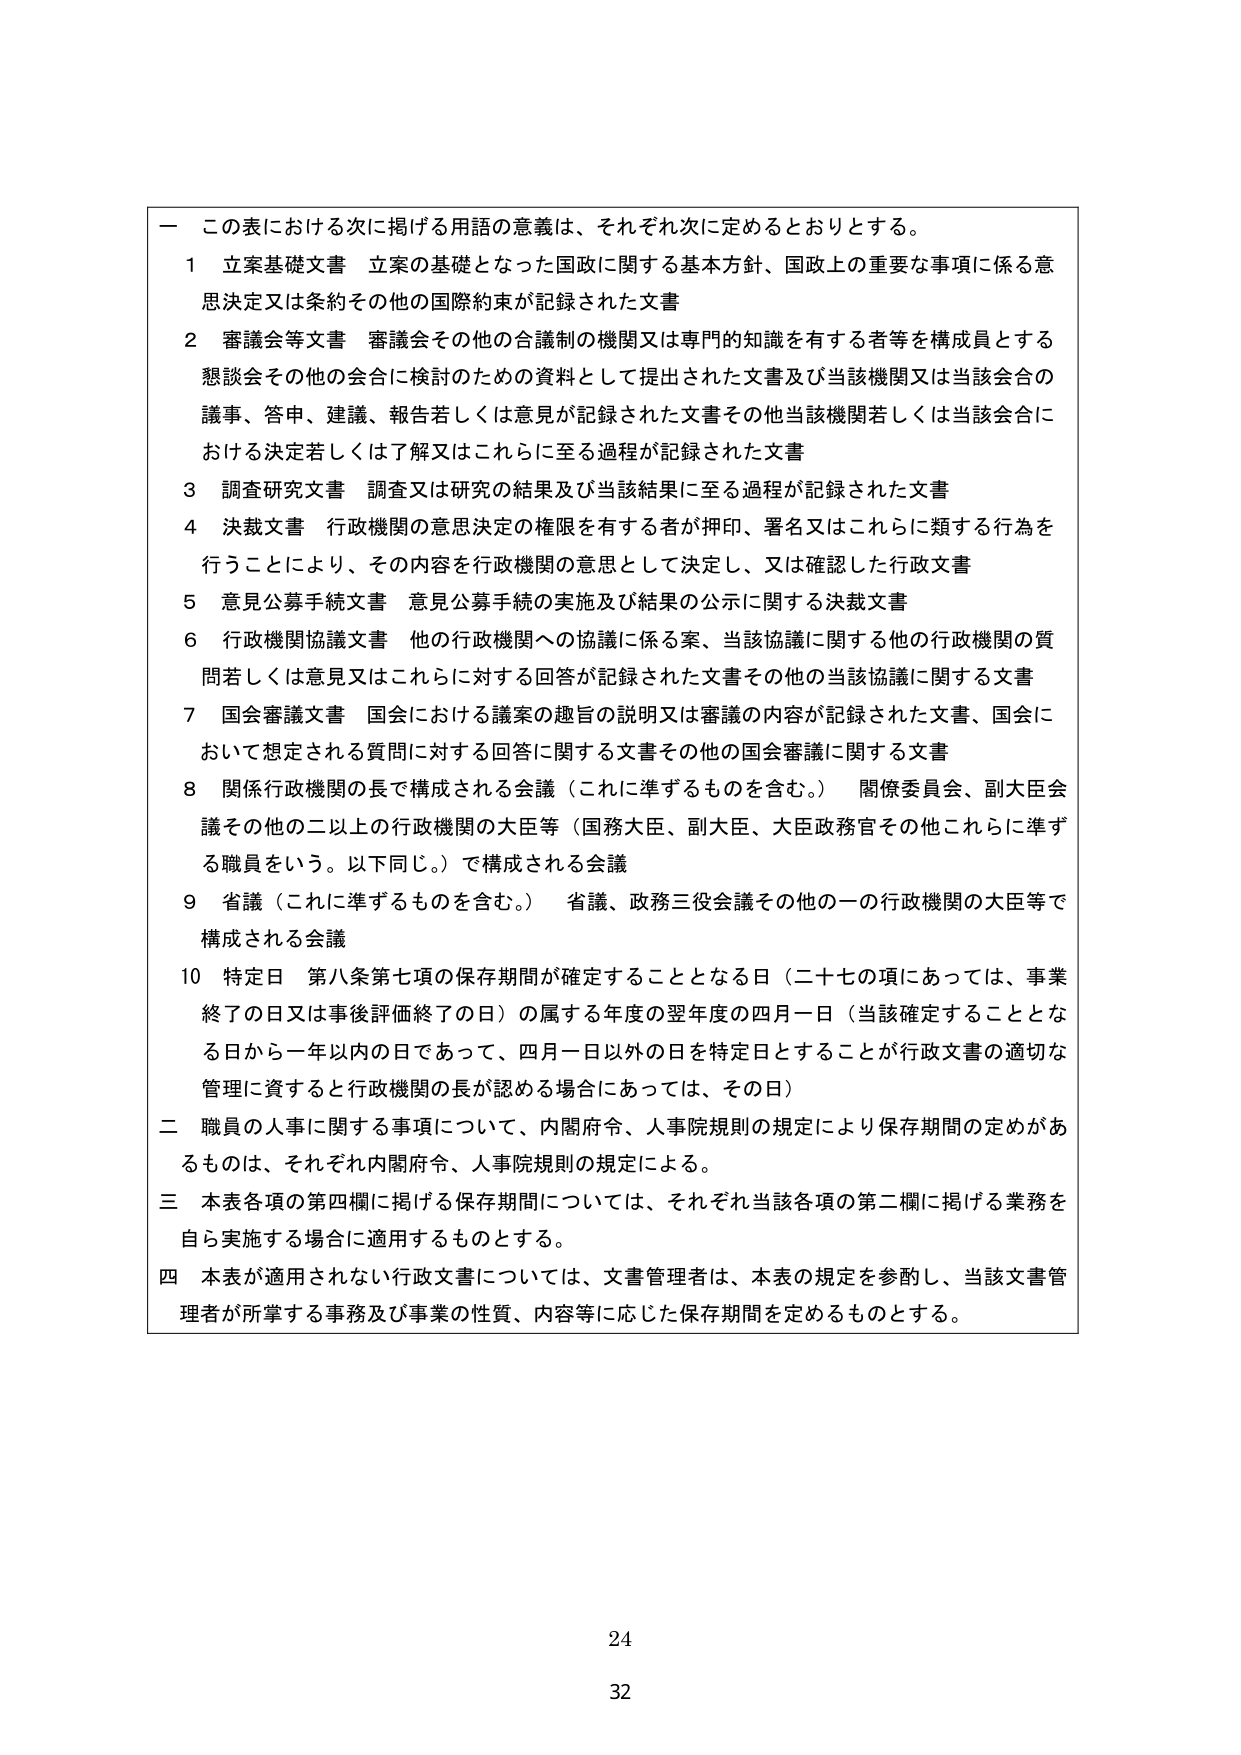
一 この表における次に掲げる用語の意義は、それぞれ次に定めるとおりとする。

１ 立案基礎文書 立案の基礎となった国政に関する基本方針、国政上の重要な事項に係る意思決定又は条約その他の国際約束が記録された文書

２ 審議会等文書 審議会その他の合議制の機関又は専門的知識を有する者等を構成員とする懇談会その他の会合に検討のための資料として提出された文書及び当該機関又は当該会合の議事、答申、建議、報告若しくは意見が記録された文書その他当該機関若しくは当該会合における決定若しくは了解又はこれらに至る過程が記録された文書

３ 調査研究文書 調査又は研究の結果及び当該結果に至る過程が記録された文書

４ 決裁文書 行政機関の意思決定の権限を有する者が押印、署名又はこれらに類する行為を行うことにより、その内容を行政機関の意思として決定し、又は確認した行政文書

５ 意見公募手続文書 意見公募手続の実施及び結果の公示に関する決裁文書

６ 行政機関協議文書 他の行政機関への協議に係る案、当該協議に関する他の行政機関の質問若しくは意見又はこれらに対する回答が記録された文書その他の当該協議に関する文書

７ 国会審議文書 国会における議案の趣旨の説明又は審議の内容が記録された文書、国会において想定される質問に対する回答に関する文書その他の国会審議に関する文書

８ 関係行政機関の長で構成される会議（これに準ずるものを含む。） 関係委員会、副大臣会議その他の二以上の行政機関の大臣等（国務大臣、副大臣、大臣政務官その他これらに準ずる職員をいう。以下同じ。）で構成される会議

９ 省議（これに準ずるものを含む。） 省議、政務三役会議その他の一の行政機関の大臣等で構成される会議

10 特定日 第八条第七項の保存期間が確定することとなる日（二十七の項にあっては、事業終了の日又は事後評価終了の日）の属する年度の翌年度の四月一日（当該確定することとなる日から一年以内の日であって、四月一日以外の日を特定日とすることが行政文書の適切な管理に資すると行政機関の長が認める場合にあっては、その日）

二 職員の人事に関する事項について、内閣府令、人事院規則の規定により保存期間の定めがあるものは、それぞれ内閣府令、人事院規則の規定による。

三 本表各項の第四欄に掲げる保存期間については、それぞれ当該各項の第二欄に掲げる業務を自ら実施する場合に適用するものとする。

四 本表が適用されない行政文書については、文書管理者は、本表の規定を参酌し、当該文書管理者が所掌する事務及び事業の性質、内容等に応じた保存期間を定めるものとする。

24
32